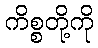
ကိစ္စတို့ကို